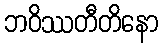
ဘဝိဿတီတိနော